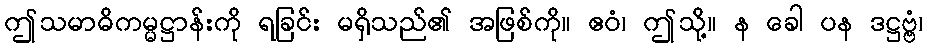
ဤသမာဓိကမ္မဋ္ဌာန်းကို ရခြင်း မရှိသည်၏ အဖြစ်ကို။ ဧဝံ၊ ဤသို့။ န ခေါ ပန ဒဋ္ဌဗ္ဗံ၊